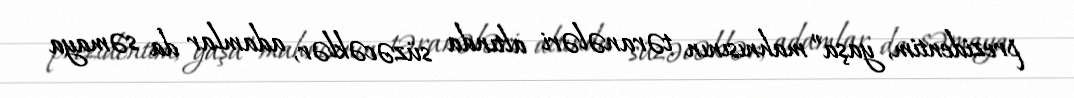
prezidentim, yaşa” mahnısının təranələri altında süzəcəklər, adamlar da səmaya